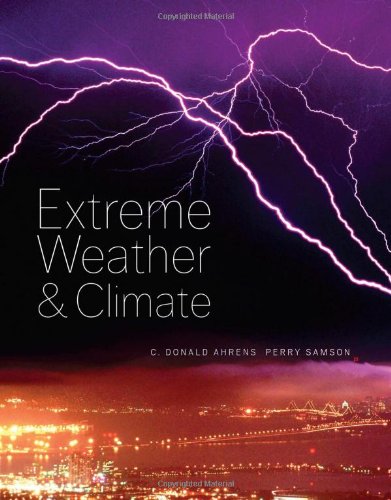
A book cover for Extreme Weather and Climate; C. Donald Ahrens; Science & Math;